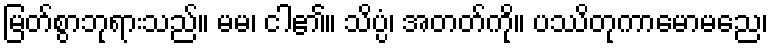
မြတ်စွာဘုရားသည်။ မမ၊ ငါ၏။ သိပ္ပံ၊ အတတ်ကို။ ပဿိတုကာမောမညေ၊